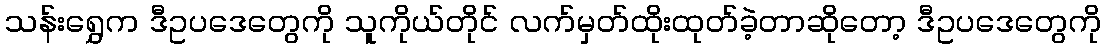
သန်းရွှေက ဒီဥပဒေတွေကို သူကိုယ်တိုင် လက်မှတ်ထိုးထုတ်ခဲ့တာဆိုတော့ ဒီဥပဒေတွေကို